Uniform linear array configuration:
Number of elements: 64
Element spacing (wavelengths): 0.25
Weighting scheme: blackman
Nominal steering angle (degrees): -60
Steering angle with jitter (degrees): -59.234
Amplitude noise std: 0.05
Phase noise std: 0.05

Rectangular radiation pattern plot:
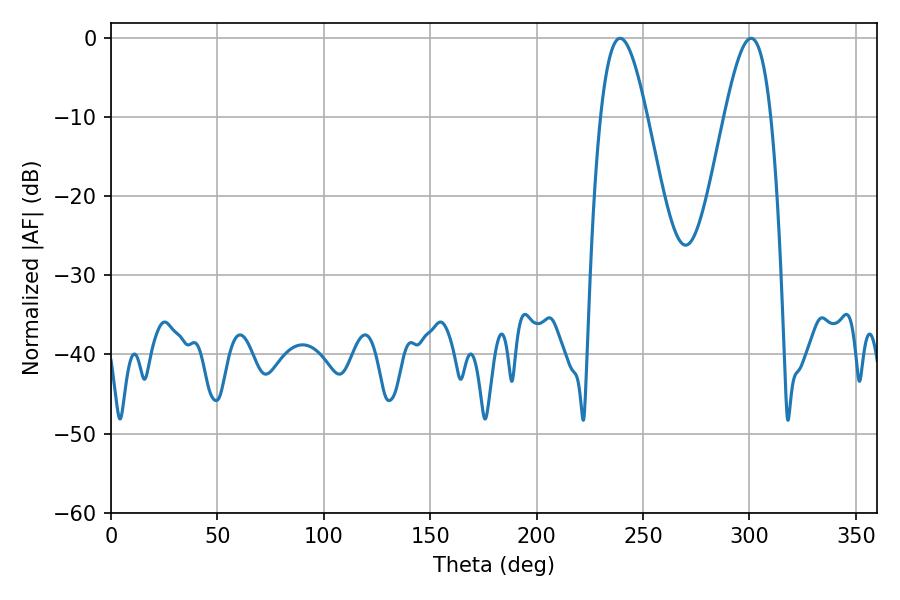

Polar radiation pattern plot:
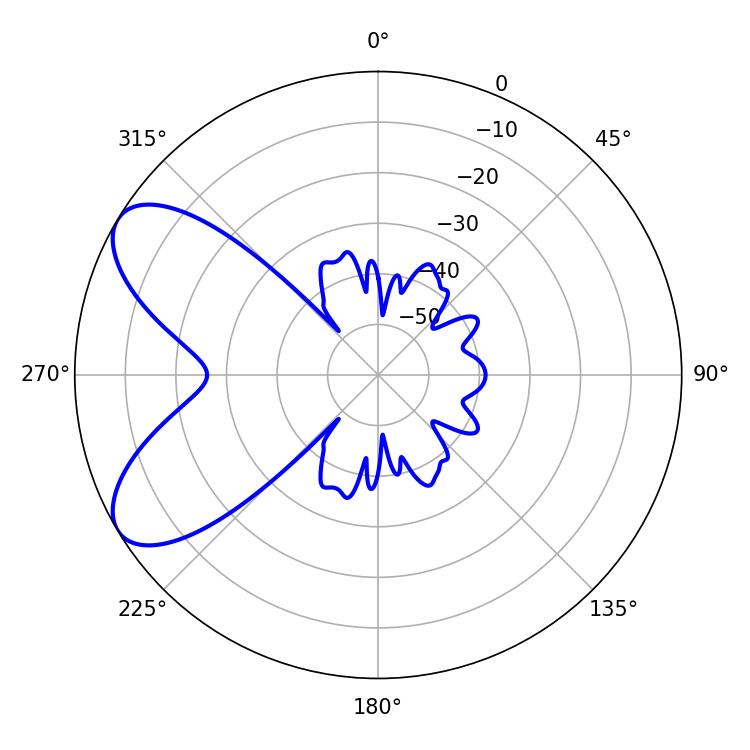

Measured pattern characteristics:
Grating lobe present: FALSE
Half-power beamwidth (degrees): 11.88
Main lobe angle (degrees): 239.22